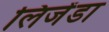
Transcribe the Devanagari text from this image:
लिजेंडा